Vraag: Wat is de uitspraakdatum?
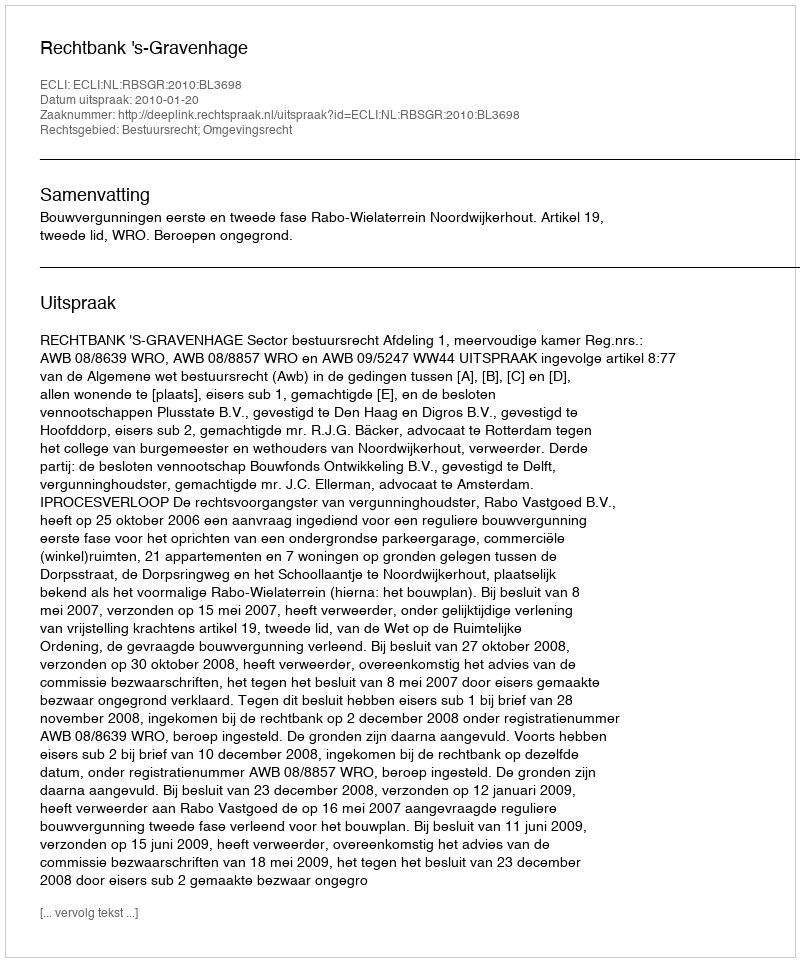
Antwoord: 2010-01-20